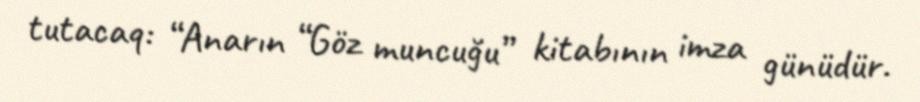
tutacaq: “Anarın “Göz muncuğu” kitabının imza günüdür.